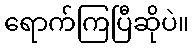
ရောက်ကြပြီဆိုပဲ။